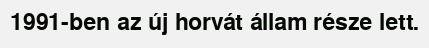
1991-ben az új horvát állam része lett.